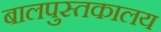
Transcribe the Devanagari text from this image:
बालपुस्तकालय